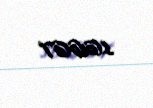
16667